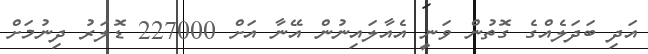
އަދި ބަދަލެއްގެ ގޮތުން ވަނީ އެއާލައިނުން އޭނާ އަށް 227000 ޑޮލަރު ދިނުމަށް